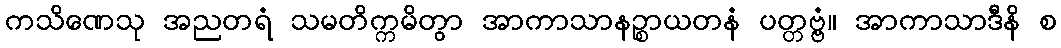
ကသိဏေသု အညတရံ သမတိက္ကမိတွာ အာကာသာနဉ္စာယတနံ ပတ္တဗ္ဗံ။ အာကာသာဒီနိ စ